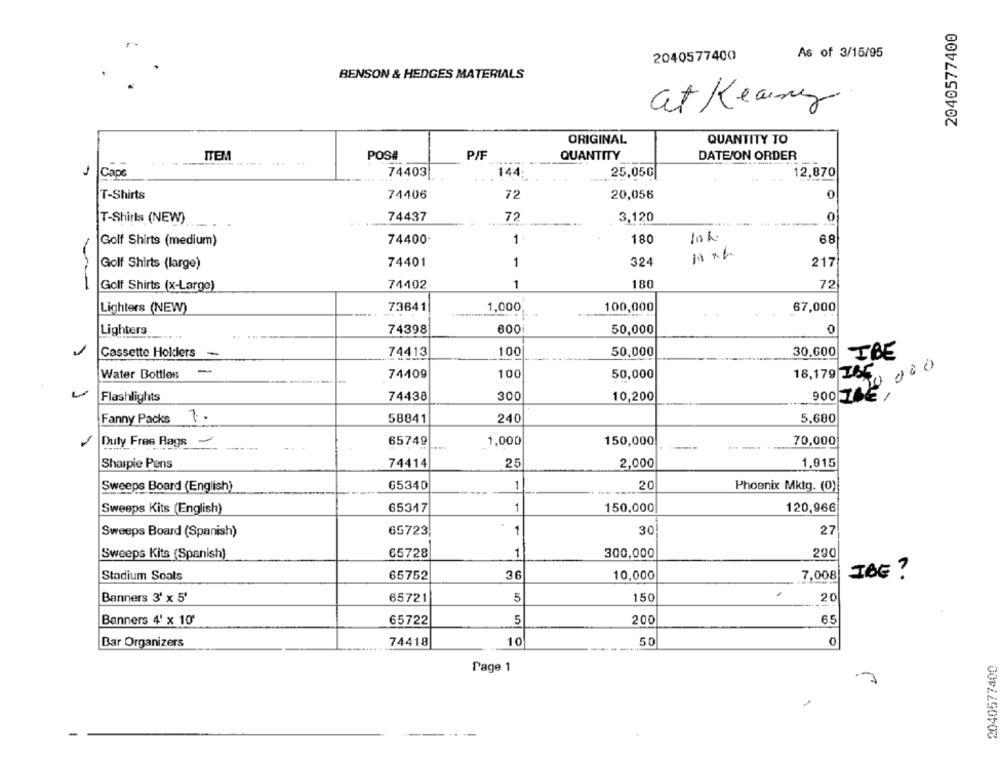
2040577400
As of 3/15/95
2040577400
BENSON & HEDGES MATERIALS
at Kearney
ORIGINAL
QUANTITY TO
ITEM
POS#
PIF
QUANTITY
DATEJON ORDER
Caps
74403
144
25,05G
12,870
T-Shirts
74406
72
20,056
0
T-Shirts (NEW)
74437
72
3,120
... ------
0
Golf Shirts (medium)
74400
1
180
68
Golf Shirts (large)
74401
1
324
217
Golf Shirts (x-Large)
74402
1
180
72
Lighters (NEW)
73641
1,000,
100,000
67,000
0
Lighters
74398
600
50,000
Cassette Holders
-
74413
100
50,000
30,600
IBE
-
74409
100
16,179 265,
900 70 000
Water Bottles
50,000
-
Flashlights
74438
300
10,200
1.
58841
240
5,680
Fanny Packs
Duty Free Rags -
65749
1,000
150,000
70,000
Sharpie Pens
74414
25
2,000
1,915
Sweeps Board (English)
65340
1
20
Phoenix Mktg. (0)
Sweeps Kits (English)
65347
1
150.000
120,966
Sweeps Board (Spanish)
65723,
1
30
27
Sweeps Kits (Spanish)
65728
1
300,000
290
Stadium Soats
65752
36
10,000
7,008
IBE ?
Banners 3' x 5'
65721
5
150
20
Banners 4' x 10
65722
5
200
65
Bar Organizers
74418
10
50
0
2040577400
Page 1